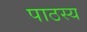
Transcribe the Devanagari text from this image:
पाठस्य